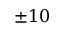
\pm 1 0